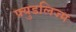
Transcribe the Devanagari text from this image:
फ्युडलिज्म